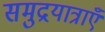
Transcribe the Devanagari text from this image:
समुद्रयात्राएँ